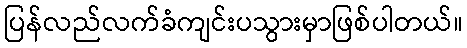
ပြန်လည်လက်ခံကျင်းပသွားမှာဖြစ်ပါတယ်။